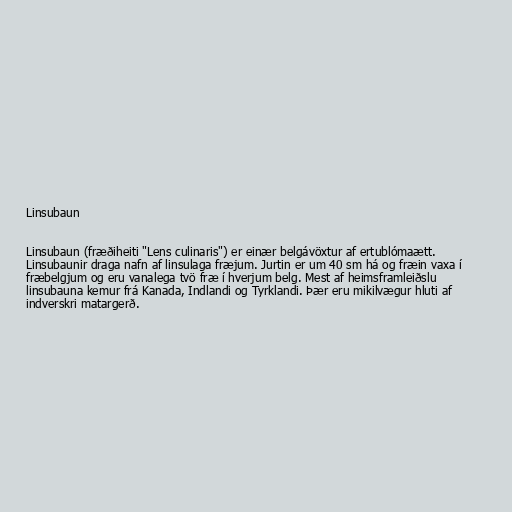
Linsubaun

Linsubaun (fræðiheiti "Lens culinaris") er einær belgávöxtur af ertublómaætt.
Linsubaunir draga nafn af linsulaga fræjum. Jurtin er um 40 sm há og fræin vaxa í
fræbelgjum og eru vanalega tvö fræ í hverjum belg. Mest af heimsframleiðslu
linsubauna kemur frá Kanada, Indlandi og Tyrklandi. Þær eru mikilvægur hluti af
indverskri matargerð.